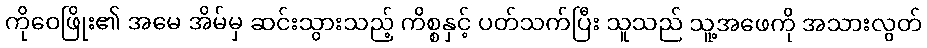
ကိုဝေဖြိုး၏ အမေ အိမ်မှ ဆင်းသွားသည့် ကိစ္စနှင့် ပတ်သက်ပြီး သူသည် သူ့အဖေကို အသားလွတ်